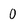
Character: 0